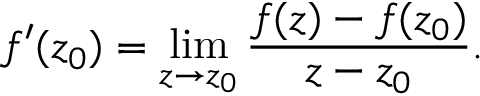
f ^ { \prime } ( z _ { 0 } ) = \operatorname* { l i m } _ { z \to z _ { 0 } } { \frac { f ( z ) - f ( z _ { 0 } ) } { z - z _ { 0 } } } .